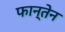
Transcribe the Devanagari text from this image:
फान्तेन